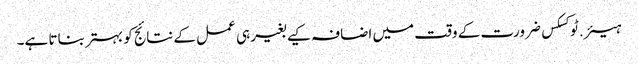
ہیئر.ٹوکسکس ضرورت کے وقت میں اضافہ کیے بغیر ہی عمل کے نتائج کو بہتر بناتا ہے۔